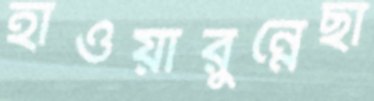
হাওয়ারুন্নেছা